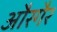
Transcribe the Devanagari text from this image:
औरगैर